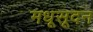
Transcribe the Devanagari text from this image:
मधूसूदन